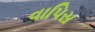
વાપિસ